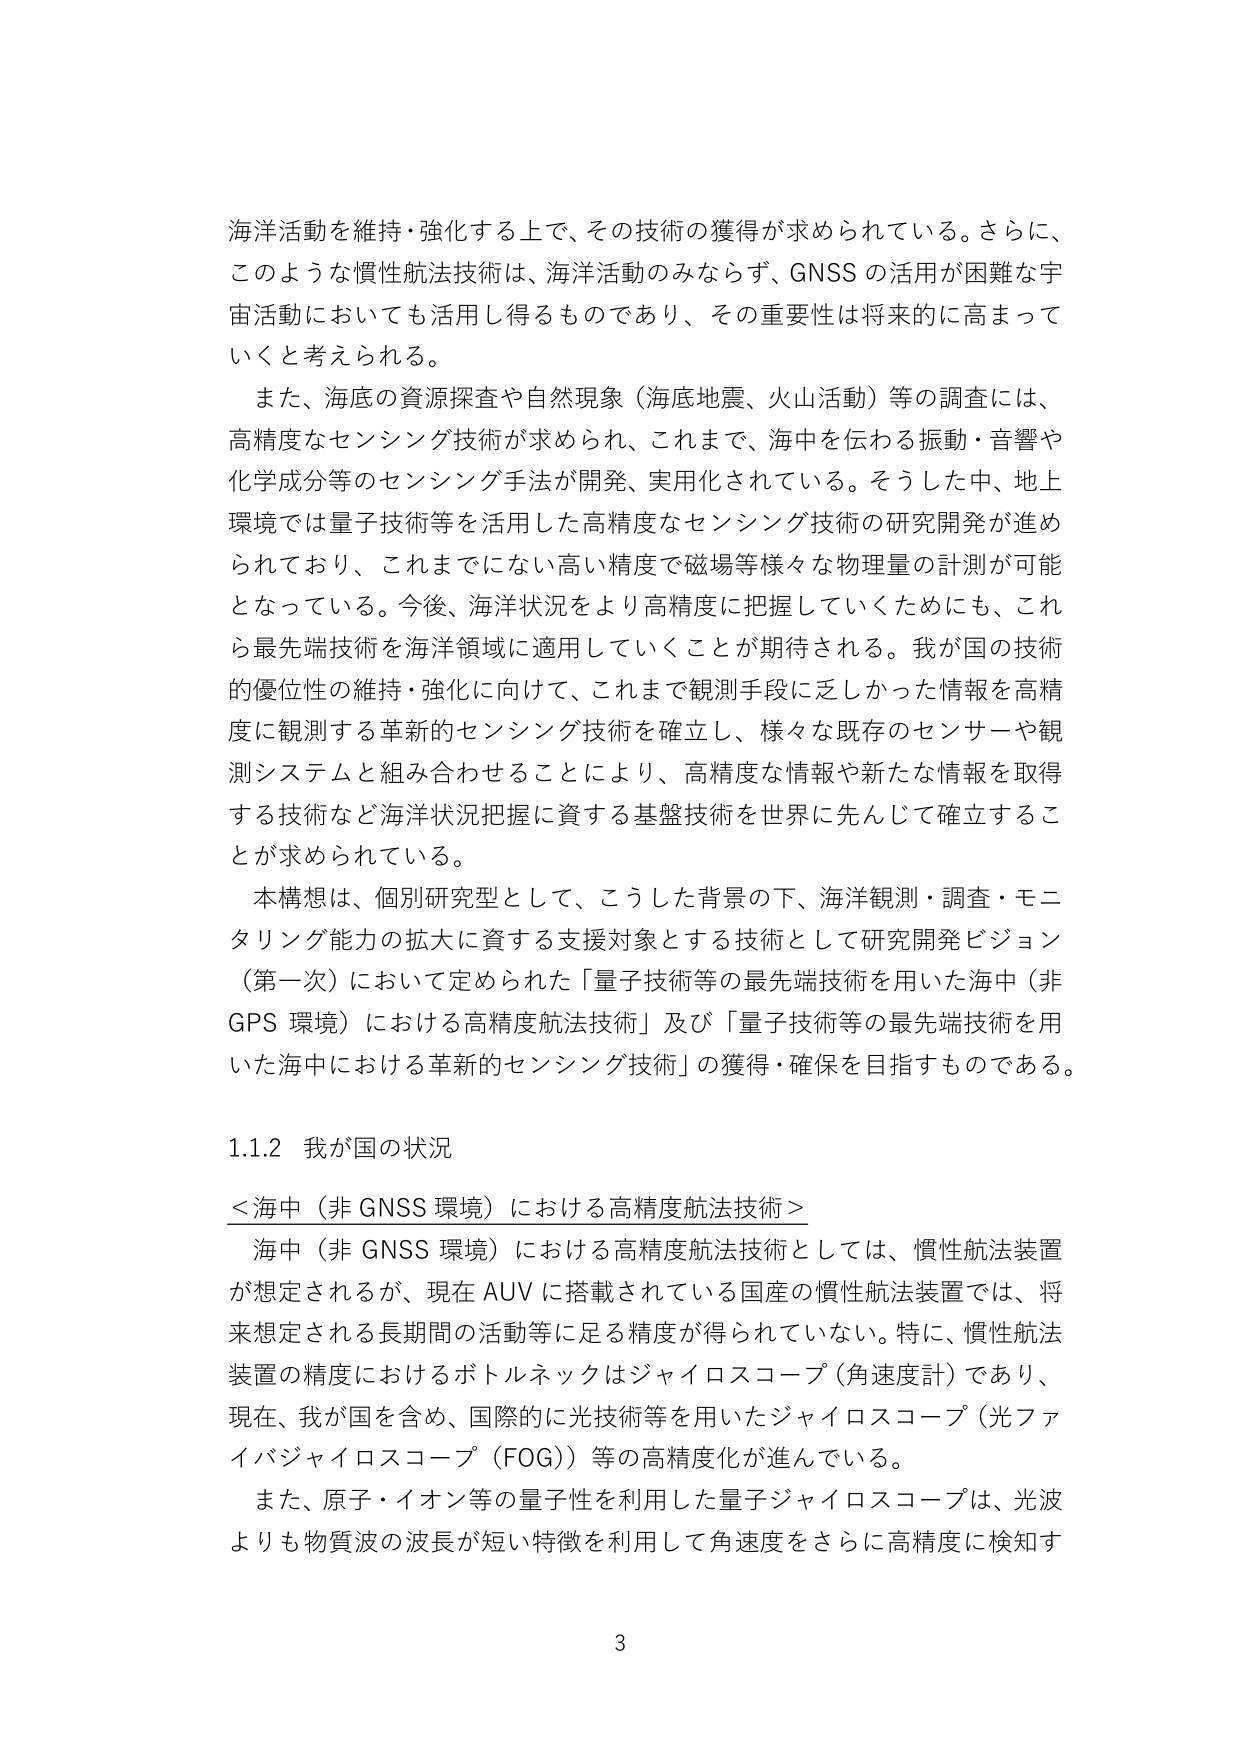
海洋活動を維持・強化する上で、その技術の獲得が求められている。さらに、このような慣性航法技術は、海洋活動のみならず、GNSS の活用が困難な宇宙活動においても活用し得るものであり、その重要性は将来的に高まっていくと考えられる。

また、海底の資源探査や自然現象（海底地震、火山活動）等の調査には、高精度なセンシング技術が求められ、これまで、海中を伝わる振動・音響や化学成分等のセンシング手法が開発、実用化されている。そうした中、地上環境では量子技術等を活用した高精度なセンシング技術の研究開発が進められており、これまでにない高い精度で磁場等様々な物理量の計測が可能となっている。今後、海洋状況をより高精度に把握していくためにも、これら最先端技術を海洋領域に適用していくことが期待される。我が国の技術的優位性の維持・強化に向けて、これまで観測手段に乏しかった情報を高精度に観測する革新的センシング技術を確立し、様々な既存のセンサーや観測システムと組み合わせることにより、高精度な情報や新たな情報を取得する技術など海洋状況把握に資する基盤技術を世界に先んじて確立することが求められている。

本構想は、個別研究型として、こうした背景の下、海洋観測・調査・モニタリング能力の拡大に資する支援対象とする技術として研究開発ビジョン（第一次）において定められた「量子技術等の最先端技術を用いた海中（非 GPS 環境）における高精度航法技術」及び「量子技術等の最先端技術を用いた海中における革新的センシング技術」の獲得・確保を目指すものである。

1.1.2 我が国の状況

＜海中（非 GNSS 環境）における高精度航法技術＞

海中（非 GNSS 環境）における高精度航法技術としては、慣性航法装置が想定されるが、現在 AUV に搭載されている国産の慣性航法装置では、将来想定される長期間の活動等に足る精度が得られていない。特に、慣性航法装置の精度におけるボトルネックはジャイロスコープ（角速度計）であり、現在、我が国を含め、国際的に光技術等を用いたジャイロスコープ（光ファイバジャイロスコープ（FOG））等の高精度化が進んでいる。

また、原子・イオン等の量子性を利用した量子ジャイロスコープは、光波よりも物質波の波長が短い特徴を利用して角速度をさらに高精度に検知す

3